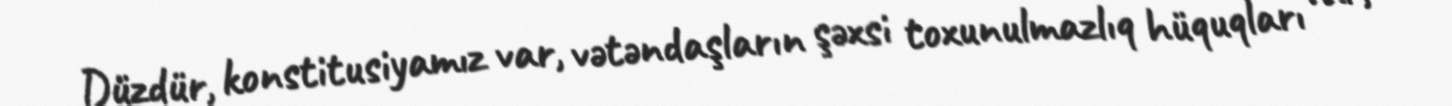
Düzdür, konstitusiyamız var, vətəndaşların şəxsi toxunulmazlıq hüquqları var,